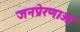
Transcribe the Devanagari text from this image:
जनप्रेरणाओं